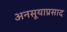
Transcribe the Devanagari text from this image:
अनसूयाप्रसाद